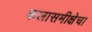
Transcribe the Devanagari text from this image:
कलासमीक्षेचा